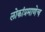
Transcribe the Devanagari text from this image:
लोकांप्रमाणेच